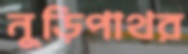
নুড়িপাথর